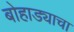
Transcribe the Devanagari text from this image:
बोहाड्याचा